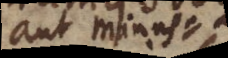
aut minus